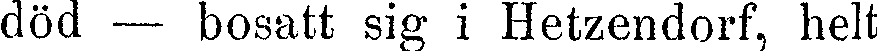
död — bosatt sig i Hetzendorf, helt